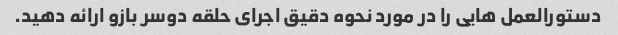
دستورالعمل هایی را در مورد نحوه دقیق اجرای حلقه دوسر بازو ارائه دهید.